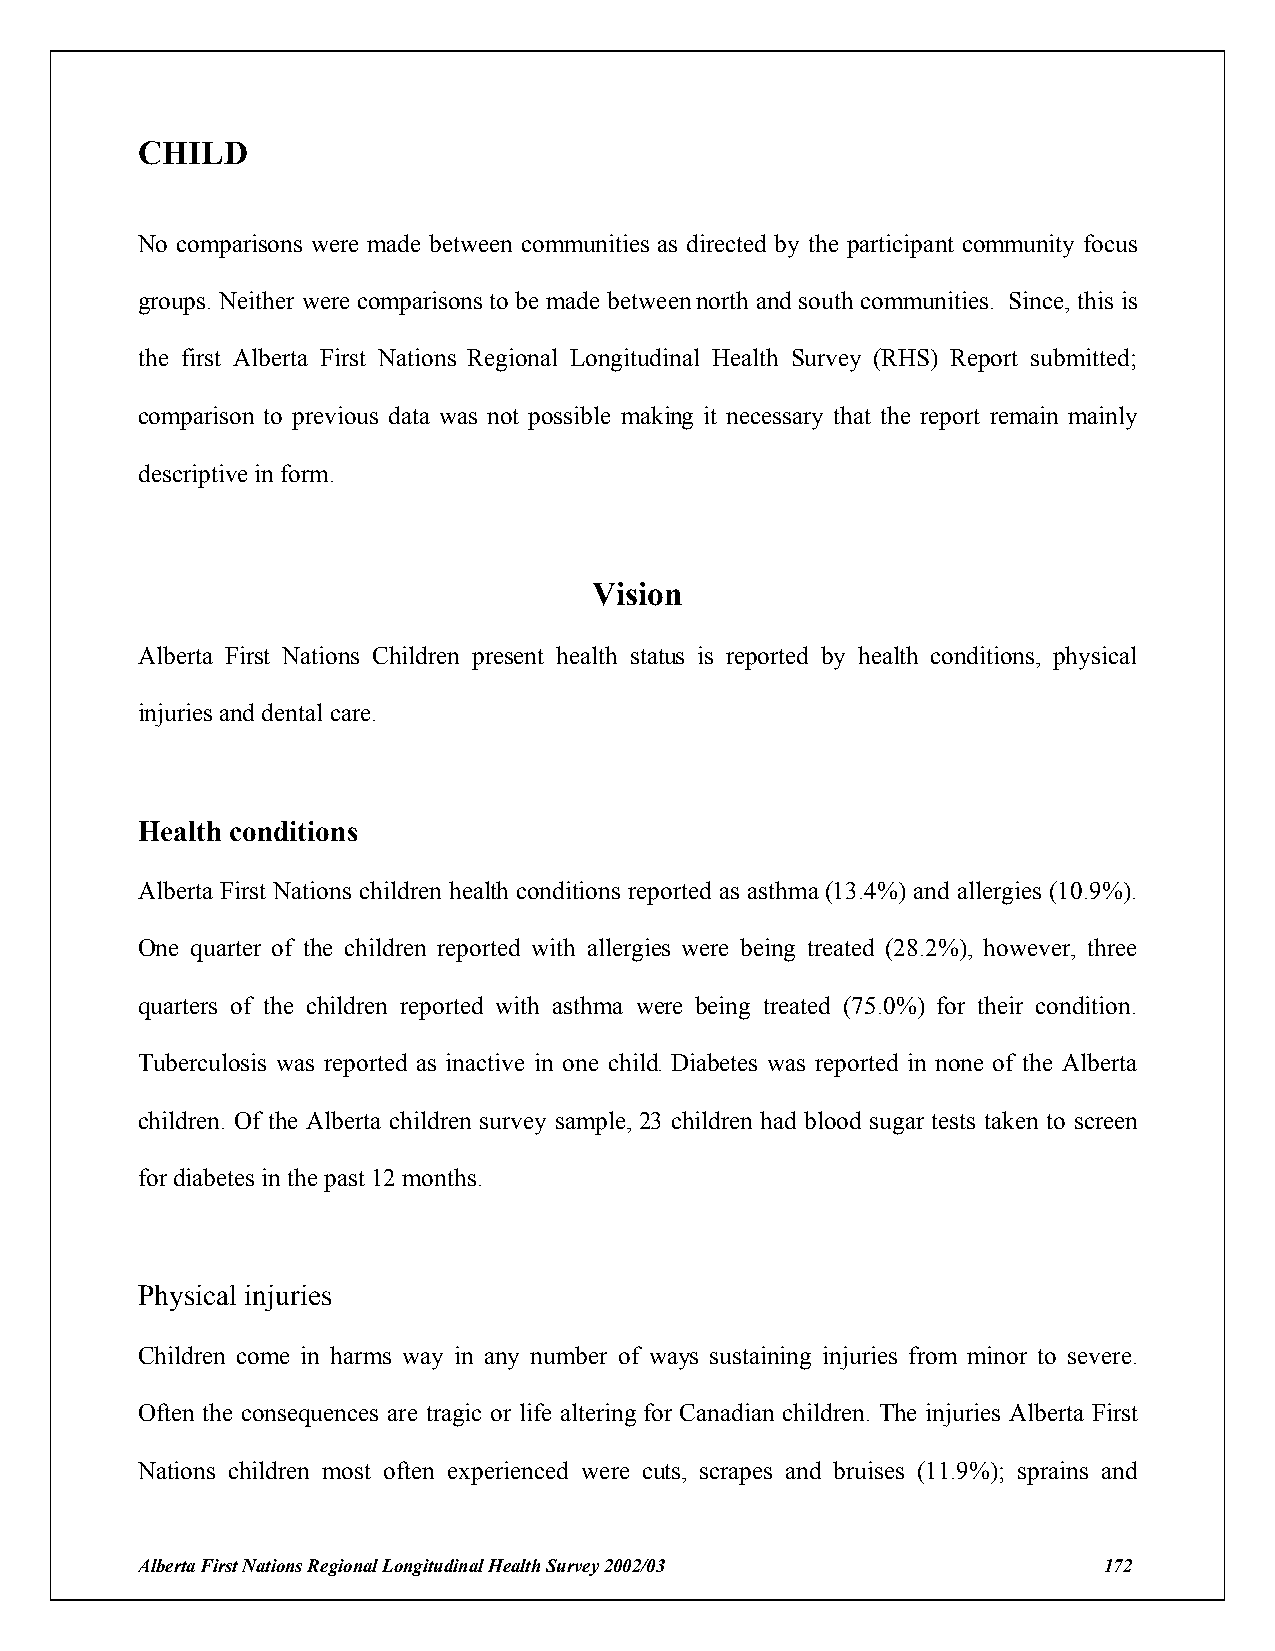
CHILD
 No comparisons were made between communities as directed by the participant community focus
 groups. Neither were comparisons to be made between north and south communities. Since, this is
 the first Alberta First Nations Regional Longitudinal Health Survey (RHS) Report submitted;
 comparison to previous data was not possible making it necessary that the report remain mainly
 descriptive in form.
 Vision
 Alberta First Nations Children present health status is reported by health conditions, physical
 injuries and dental care.
 Health conditions
 Alberta First Nations children health conditions reported as asthma (13.4%) and allergies (10.9%).
 One quarter of the children reported with allergies were being treated (28.2%), however, three
 quarters of the children reported with asthma were being treated (75.0%) for their condition.
 Tuberculosis was reported as inactive in one child. Diabetes was reported in none of the Alberta
 children. Of the Alberta children survey sample, 23 children had blood sugar tests taken to screen
 for diabetes in the past 12 months.
 Physical injuries
 Children come in harms way in any number of ways sustaining injuries from minor to severe.
 Often the consequences are tragic or life altering for Canadian children. The injuries Alberta First
 Nations children most often experienced were cuts, scrapes and bruises (11.9%); sprains and
 Alberta First Nations Regional Longitudinal Health Survey 2002/03 172